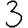
Digit: 3